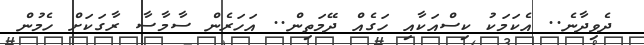
ދެވިދާނެ.. އެކަމަކު ކިސްއަކާއި ހަގެއް ދޭމަތިން.. އަހަރެން ސާމާސާ ރާގަކަށް ހެމުން